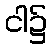
ငါ၌